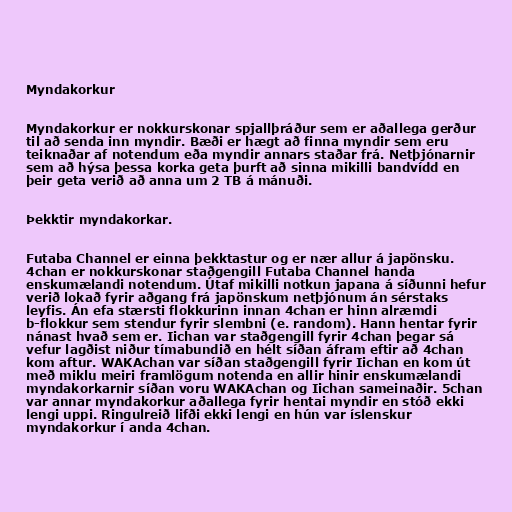
Myndakorkur

Myndakorkur er nokkurskonar spjallþráður sem er aðallega gerður
til að senda inn myndir. Bæði er hægt að finna myndir sem eru
teiknaðar af notendum eða myndir annars staðar frá. Netþjónarnir
sem að hýsa þessa korka geta þurft að sinna mikilli bandvídd en
þeir geta verið að anna um 2 TB á mánuði.

Þekktir myndakorkar.

Futaba Channel er einna þekktastur og er nær allur á japönsku.
4chan er nokkurskonar staðgengill Futaba Channel handa
enskumælandi notendum. Útaf mikilli notkun japana á síðunni hefur
verið lokað fyrir aðgang frá japönskum netþjónum án sérstaks
leyfis. Án efa stærsti flokkurinn innan 4chan er hinn alræmdi
b-flokkur sem stendur fyrir slembni (e. random). Hann hentar fyrir
nánast hvað sem er. Iichan var staðgengill fyrir 4chan þegar sá
vefur lagðist niður tímabundið en hélt síðan áfram eftir að 4chan
kom aftur. WAKAchan var síðan staðgengill fyrir Iichan en kom út
með miklu meiri framlögum notenda en allir hinir enskumælandi
myndakorkarnir síðan voru WAKAchan og Iichan sameinaðir. 5chan
var annar myndakorkur aðallega fyrir hentai myndir en stóð ekki
lengi uppi. Ringulreið lifði ekki lengi en hún var íslenskur
myndakorkur í anda 4chan.